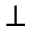
\perp